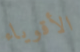
الأقوياء